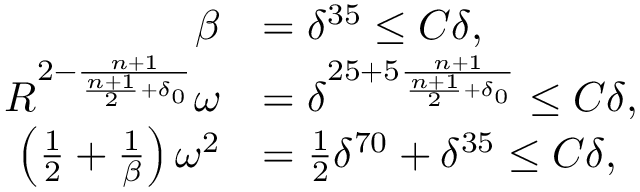
\begin{array} { r l } { \beta } & { = \delta ^ { 3 5 } \leq C \delta , } \\ { R ^ { 2 - \frac { n + 1 } { \frac { n + 1 } { 2 } + \delta _ { 0 } } } \omega } & { = \delta ^ { 2 5 + 5 \frac { n + 1 } { \frac { n + 1 } { 2 } + \delta _ { 0 } } } \leq C \delta , } \\ { \left( \frac { 1 } { 2 } + \frac { 1 } { \beta } \right) \omega ^ { 2 } } & { = \frac { 1 } { 2 } \delta ^ { 7 0 } + \delta ^ { 3 5 } \leq C \delta , } \end{array}